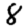
Digit: 8